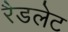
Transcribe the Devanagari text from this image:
रैडलेट